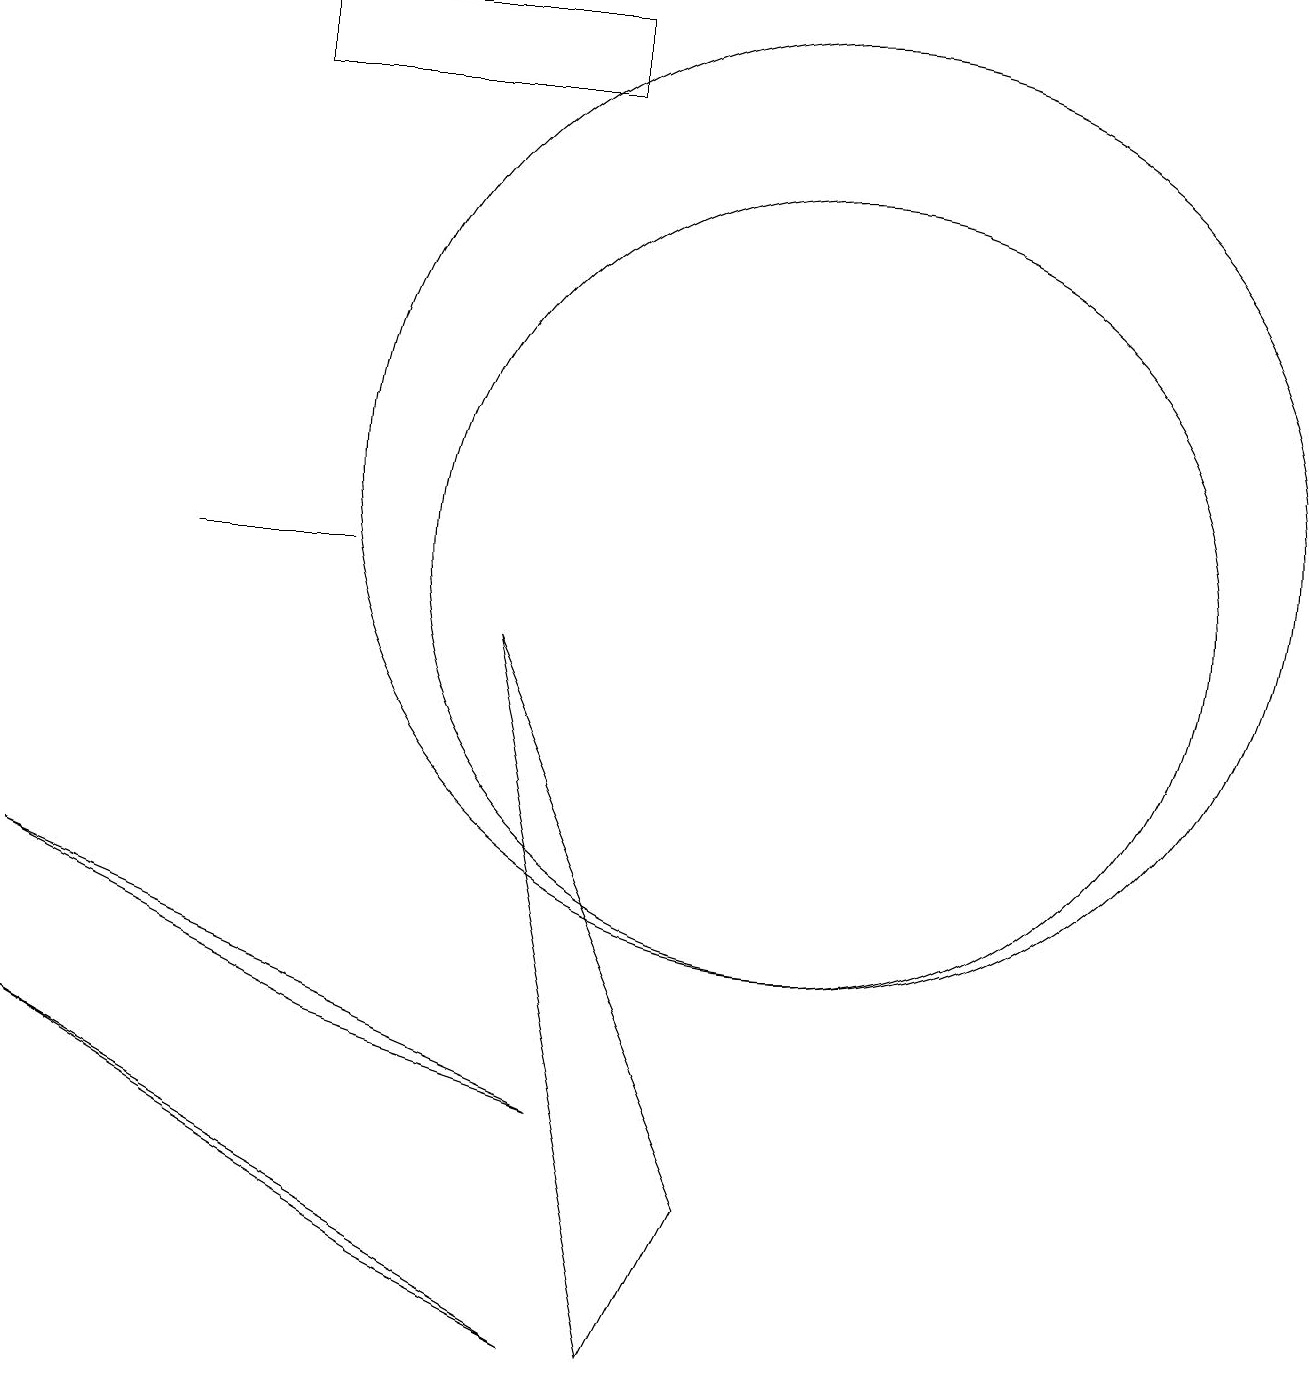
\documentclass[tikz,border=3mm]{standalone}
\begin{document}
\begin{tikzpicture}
\draw (8,0) -- (9,2) -- (6,9) -- cycle;
\draw (2,10) rectangle (4,10);
\draw (3,16) rectangle (7,17);
\draw (10,11) circle (6);
\draw (10,10) circle (5);
\draw (0,4) -- (7,0) -- (5,1) -- cycle;
\draw (7,3) -- (4,4) -- (0,6) -- cycle;
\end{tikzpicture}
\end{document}